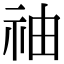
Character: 䄂